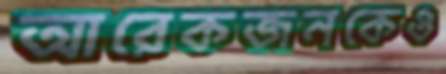
আরেকজনকেও